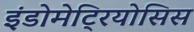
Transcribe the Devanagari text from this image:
इंडोमेट्रियोसिस